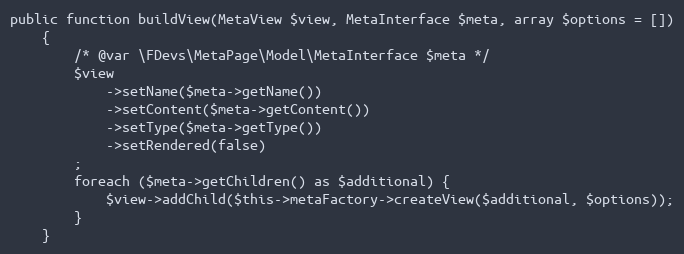
Language: PHP
public function buildView(MetaView $view, MetaInterface $meta, array $options = [])
    {
        /* @var \FDevs\MetaPage\Model\MetaInterface $meta */
        $view
            ->setName($meta->getName())
            ->setContent($meta->getContent())
            ->setType($meta->getType())
            ->setRendered(false)
        ;
        foreach ($meta->getChildren() as $additional) {
            $view->addChild($this->metaFactory->createView($additional, $options));
        }
    }